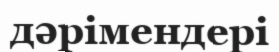
дәрімендері